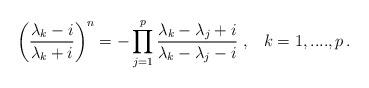
\begin{align*}\left( \frac{\lambda _k -i}{\lambda _k +i}\right) ^n=-\prod_{j=1}^p\frac{\lambda _k-\lambda _j+i}{\lambda _k-\lambda _j-i}\;,\;\;\; k=1,....,p\,.\end{align*}